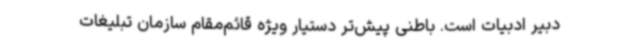
دبیر ادبیات است. باطنی پیش‌تر دستیار ویژه قائم‌مقام سازمان تبلیغات